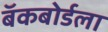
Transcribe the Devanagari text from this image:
बॅकबोर्डला